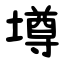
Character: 壿